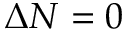
\Delta N = 0